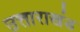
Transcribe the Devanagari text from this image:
उत्ताराखंड